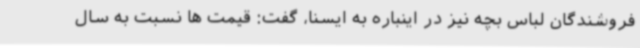
فروشندگان لباس بچه نیز در اینباره به ایسنا، گفت: قیمت ها نسبت به سال